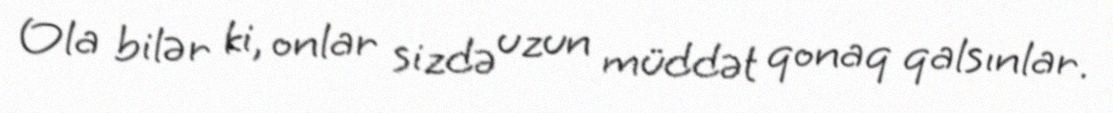
Ola bilər ki, onlar sizdə uzun müddət qonaq qalsınlar.